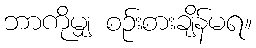
ဘာကိုမျှ စဉ်းစားချိန်မရ။